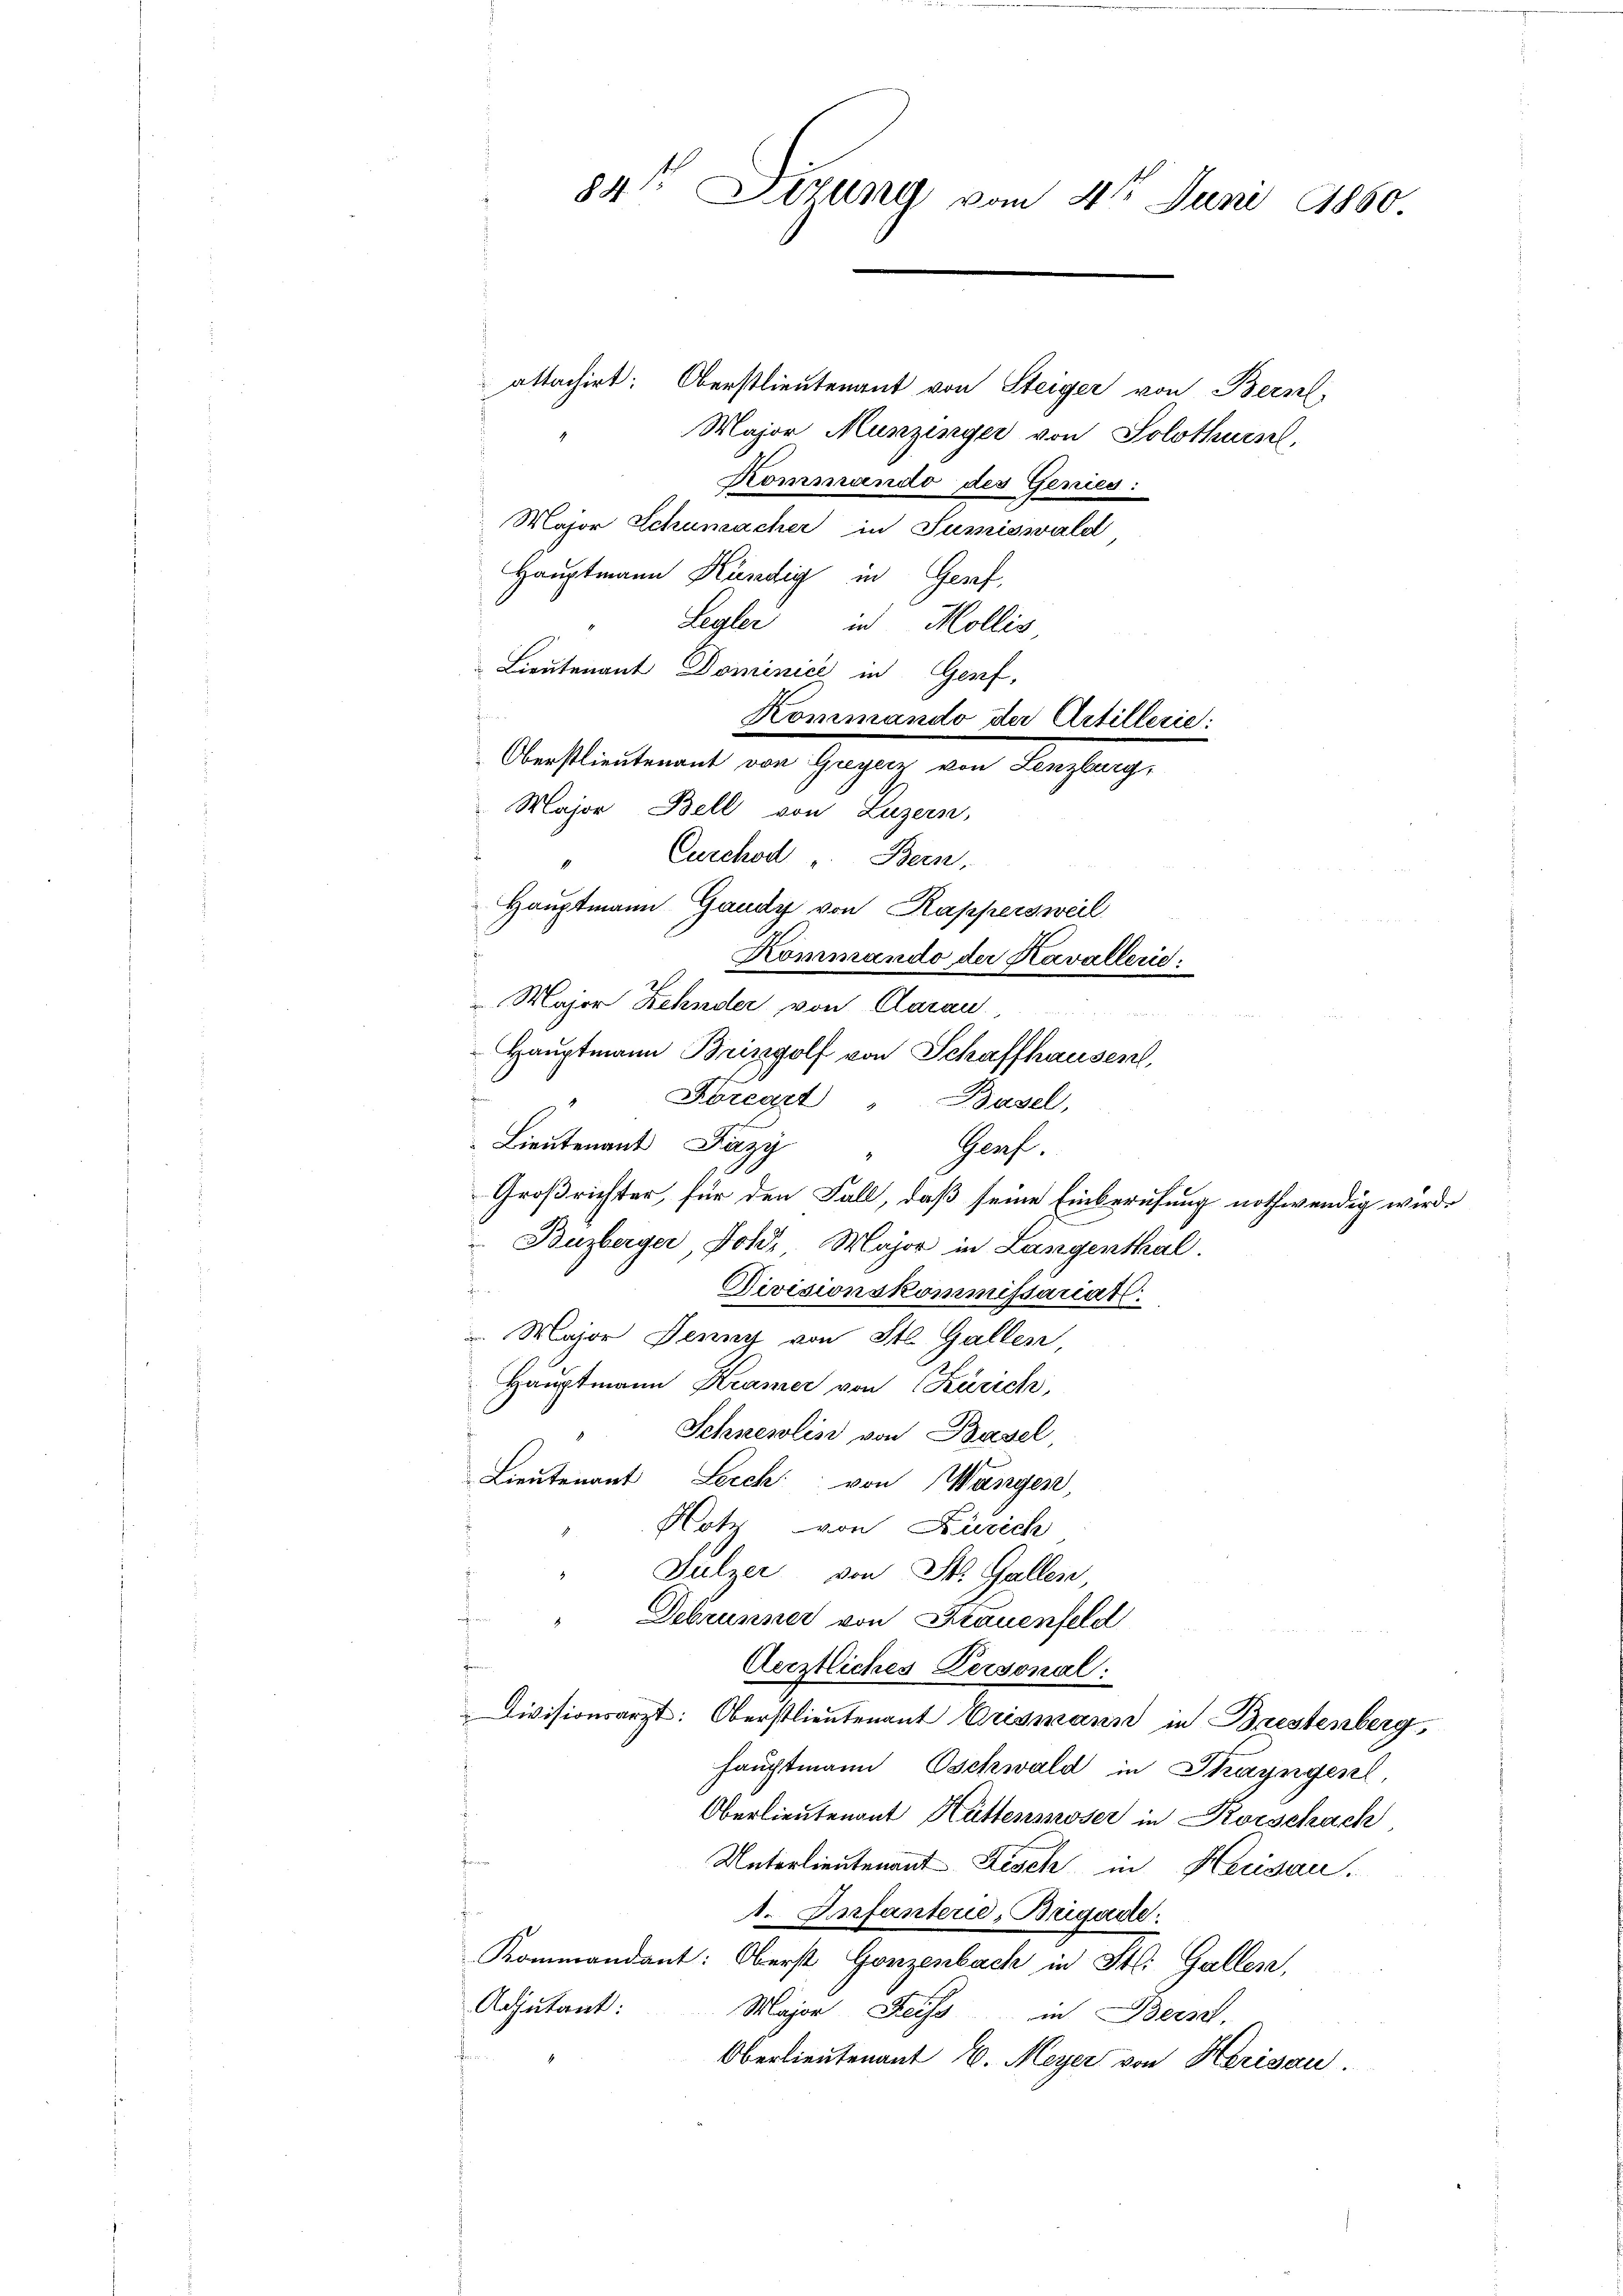
84te Situng vom 4ten Juni 1860.

attachirt: Oberstlieutenant von Steiger von Bern,
" Major Munzinger von Solothurn,
Kommando des Genies:
Major Schumacher in Sumiswald
Hauptmann Kündig in Genf,
Legler in Mollis
Lieutenant Dominice in Genf,
Major Bell von Luzern,
Curchod " Bern,
Hauptmann Gaudy von Kappersweil
Major Zehnder von Aarau
Haŭptmann Briszgolf von Schaffhausen,
Foreart " Basel,
Lieutnant ay
Buzberger, Joh. Major in Langenthal.

Divisionskommissariats:
" Major Denny von St. Gallen,
Hauptmann Kramer von Karich,
Schneelis von Basel,
Lieutenant Leich von Wangen,
Hotz von Zürich
" Sulzer von St. Gallen,
Debrunner von Frauenfeld
Aerztliches Personal:
Divisionsarzt: Oberstlieutenant Crismann in Brestenberg,
Hauptmann Oschwald in Thayngen,
Oberlieutenant Hüttenmoser in Korschach,
Unterlieutenant Fisch in Herisau.
1. Infanterie, Brigade.
Kommandant: Oberst Ganzenbach in St. Gallen,
Adjutant:
Major Zeiss in Bern,
ben
Oberlieutenant E. Meyer von Herisau.

Oberstlieutenant von Greyern von Lenzburg,

Kommando der Artillerie:

Kommando der Kavallerie:
Genf.
Großrichter, für den Fall, daß seine Einberufung nothwendig werde